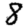
Digit: 8